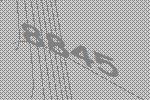
8845